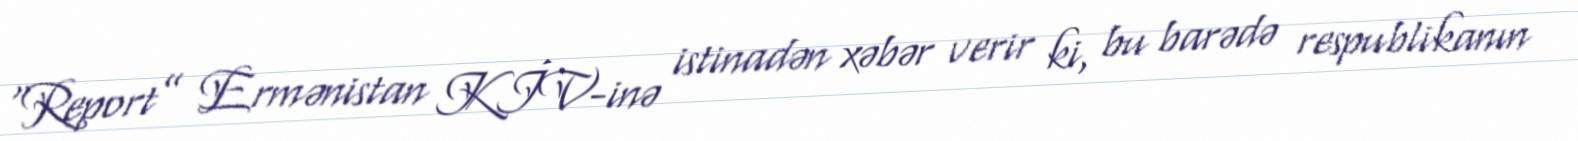
“Report” Ermənistan KİV-inə istinadən xəbər verir ki, bu barədə respublikanın